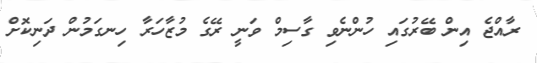
ރާއްޖެ އިން ބޭރުގައި ހުންނެވި ގާސިމް ވަނީ ރޭގެ މުޒާހަރާ ހިނގަމުން ދަނިކޮށް